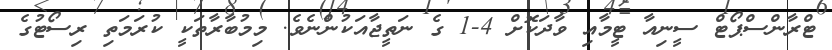
ޓްރާންސްޕޯޓް ސީނިއާ ޓީމާއި ވާދަކޮށް 4-1 ގެ ނަތީޖާއަކުންނެވެ. މިމުބާރާތަކީ ކުރަމަތި ރިސޯޓުގެ